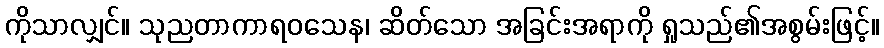
ကိုသာလျှင်။ သုညတာကာရဝသေန၊ ဆိတ်သော အခြင်းအရာကို ရှုသည်၏အစွမ်းဖြင့်။